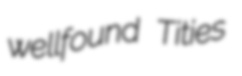
wellfound Tities